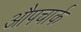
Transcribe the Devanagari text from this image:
औपचार्क